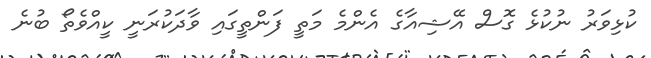
ކުޅިވަރު ނުކުޅެ ގޮސް އޭޝިއާގެ އެންމެ މަތީ ފަންތީގައި ވާދަކުރަނީ ކީއްވެތޯ ބުނެ